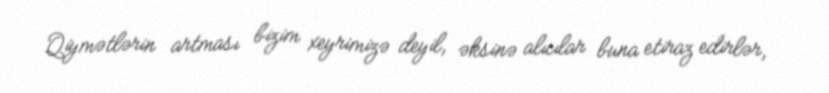
Qiymətlərin artması bizim xeyrimizə deyil, əksinə alıcılar buna etiraz edirlər,